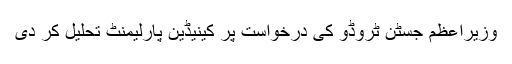
وزیراعظم جسٹن ٹروڈو کی درخواست پر کینیڈین پارلیمنٹ تحلیل کر دی